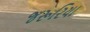
જરૂરિયા